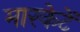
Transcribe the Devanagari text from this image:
मारकेटें